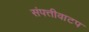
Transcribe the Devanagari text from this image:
संपत्तीवाटप